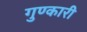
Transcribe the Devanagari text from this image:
गुण्कारी